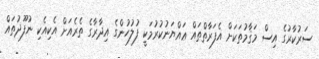
ސަރުކާރުގެ އިސް މަޤާމުތަކަށް އެފަރާތްތައް ޢައްޔަނުކުރުމަކީ ފުލުހުންގެ އިދާރާގެ ތެރެއަށް އެކިއެކި ނުފޫޛުތައް